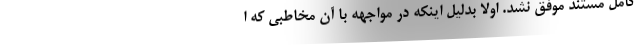
کامل مستند موفق نشد. اولا بدلیل اینکه در مواجهه با آن مخاطبی که ا